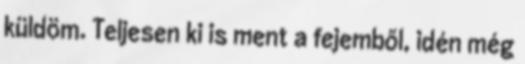
küldöm. Teljesen ki is ment a fejemből, idén még